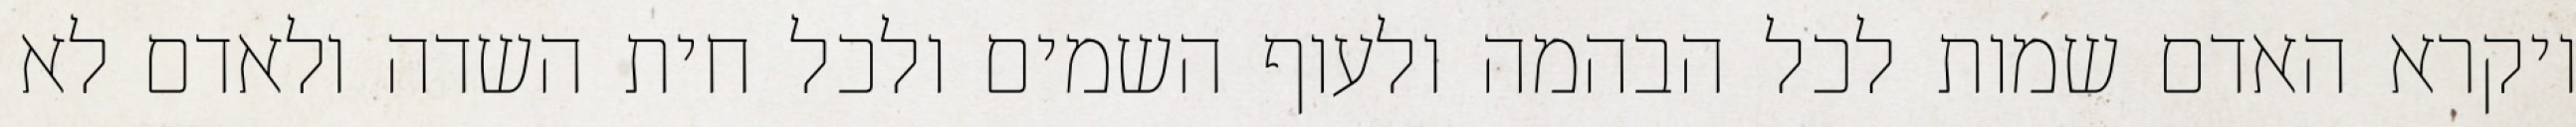
ויקרא האדם שמות לכל הבהמה ולעוף השמים ולכל חית השדה ולאדם לא